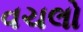
વચલો